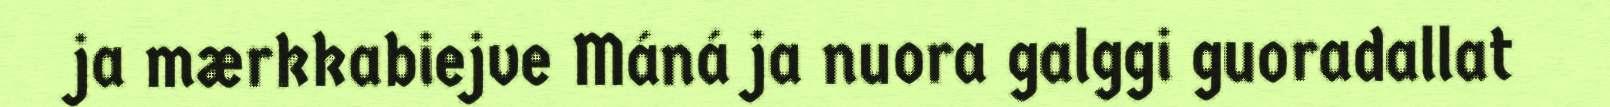
ja mærkkabiejve Máná ja nuora galggi guoradallat